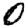
Digit: 0